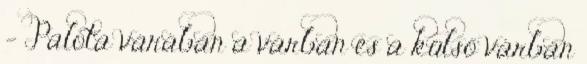
– Palota várában a várban és a külső várban